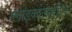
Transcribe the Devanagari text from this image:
ग्लाइकोलाइटिक